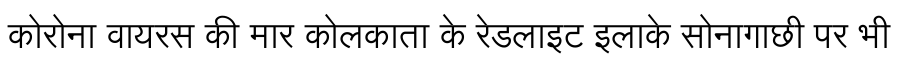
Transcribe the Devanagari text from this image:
कोरोना वायरस की मार कोलकाता के रेडलाइट इलाके सोनागाछी पर भी